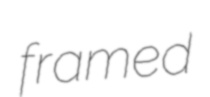
framed